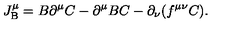
J _ { \mathrm { B } } ^ { \mu } = B \partial ^ { \mu } C - \partial ^ { \mu } B C - \partial _ { \nu } ( f ^ { \mu \nu } C ) .